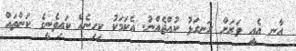
އާނ އެއީ ވަރަށް ރަނގަޅު ކުއްޖެއްނު. އެކަމަކު ކިހިނެއް ކައިވެނީގެ ކަންތައް